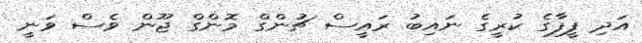
އަދި ފީފާގެ ކުރީގެ ނައިބު ރައީސް ޗުންގް މޮންގް ޖޫން ވެސް ވަނީ